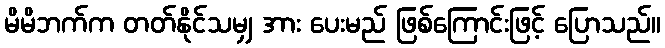
မိမိဘက်က တတ်နိုင်သမျှ အား ပေးမည် ဖြစ်ကြောင်းဖြင့် ပြောသည်။